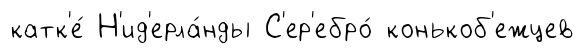
катк'е́ Н'ид'ерла́нды С'ер'ебро́ конькоб'ежцев